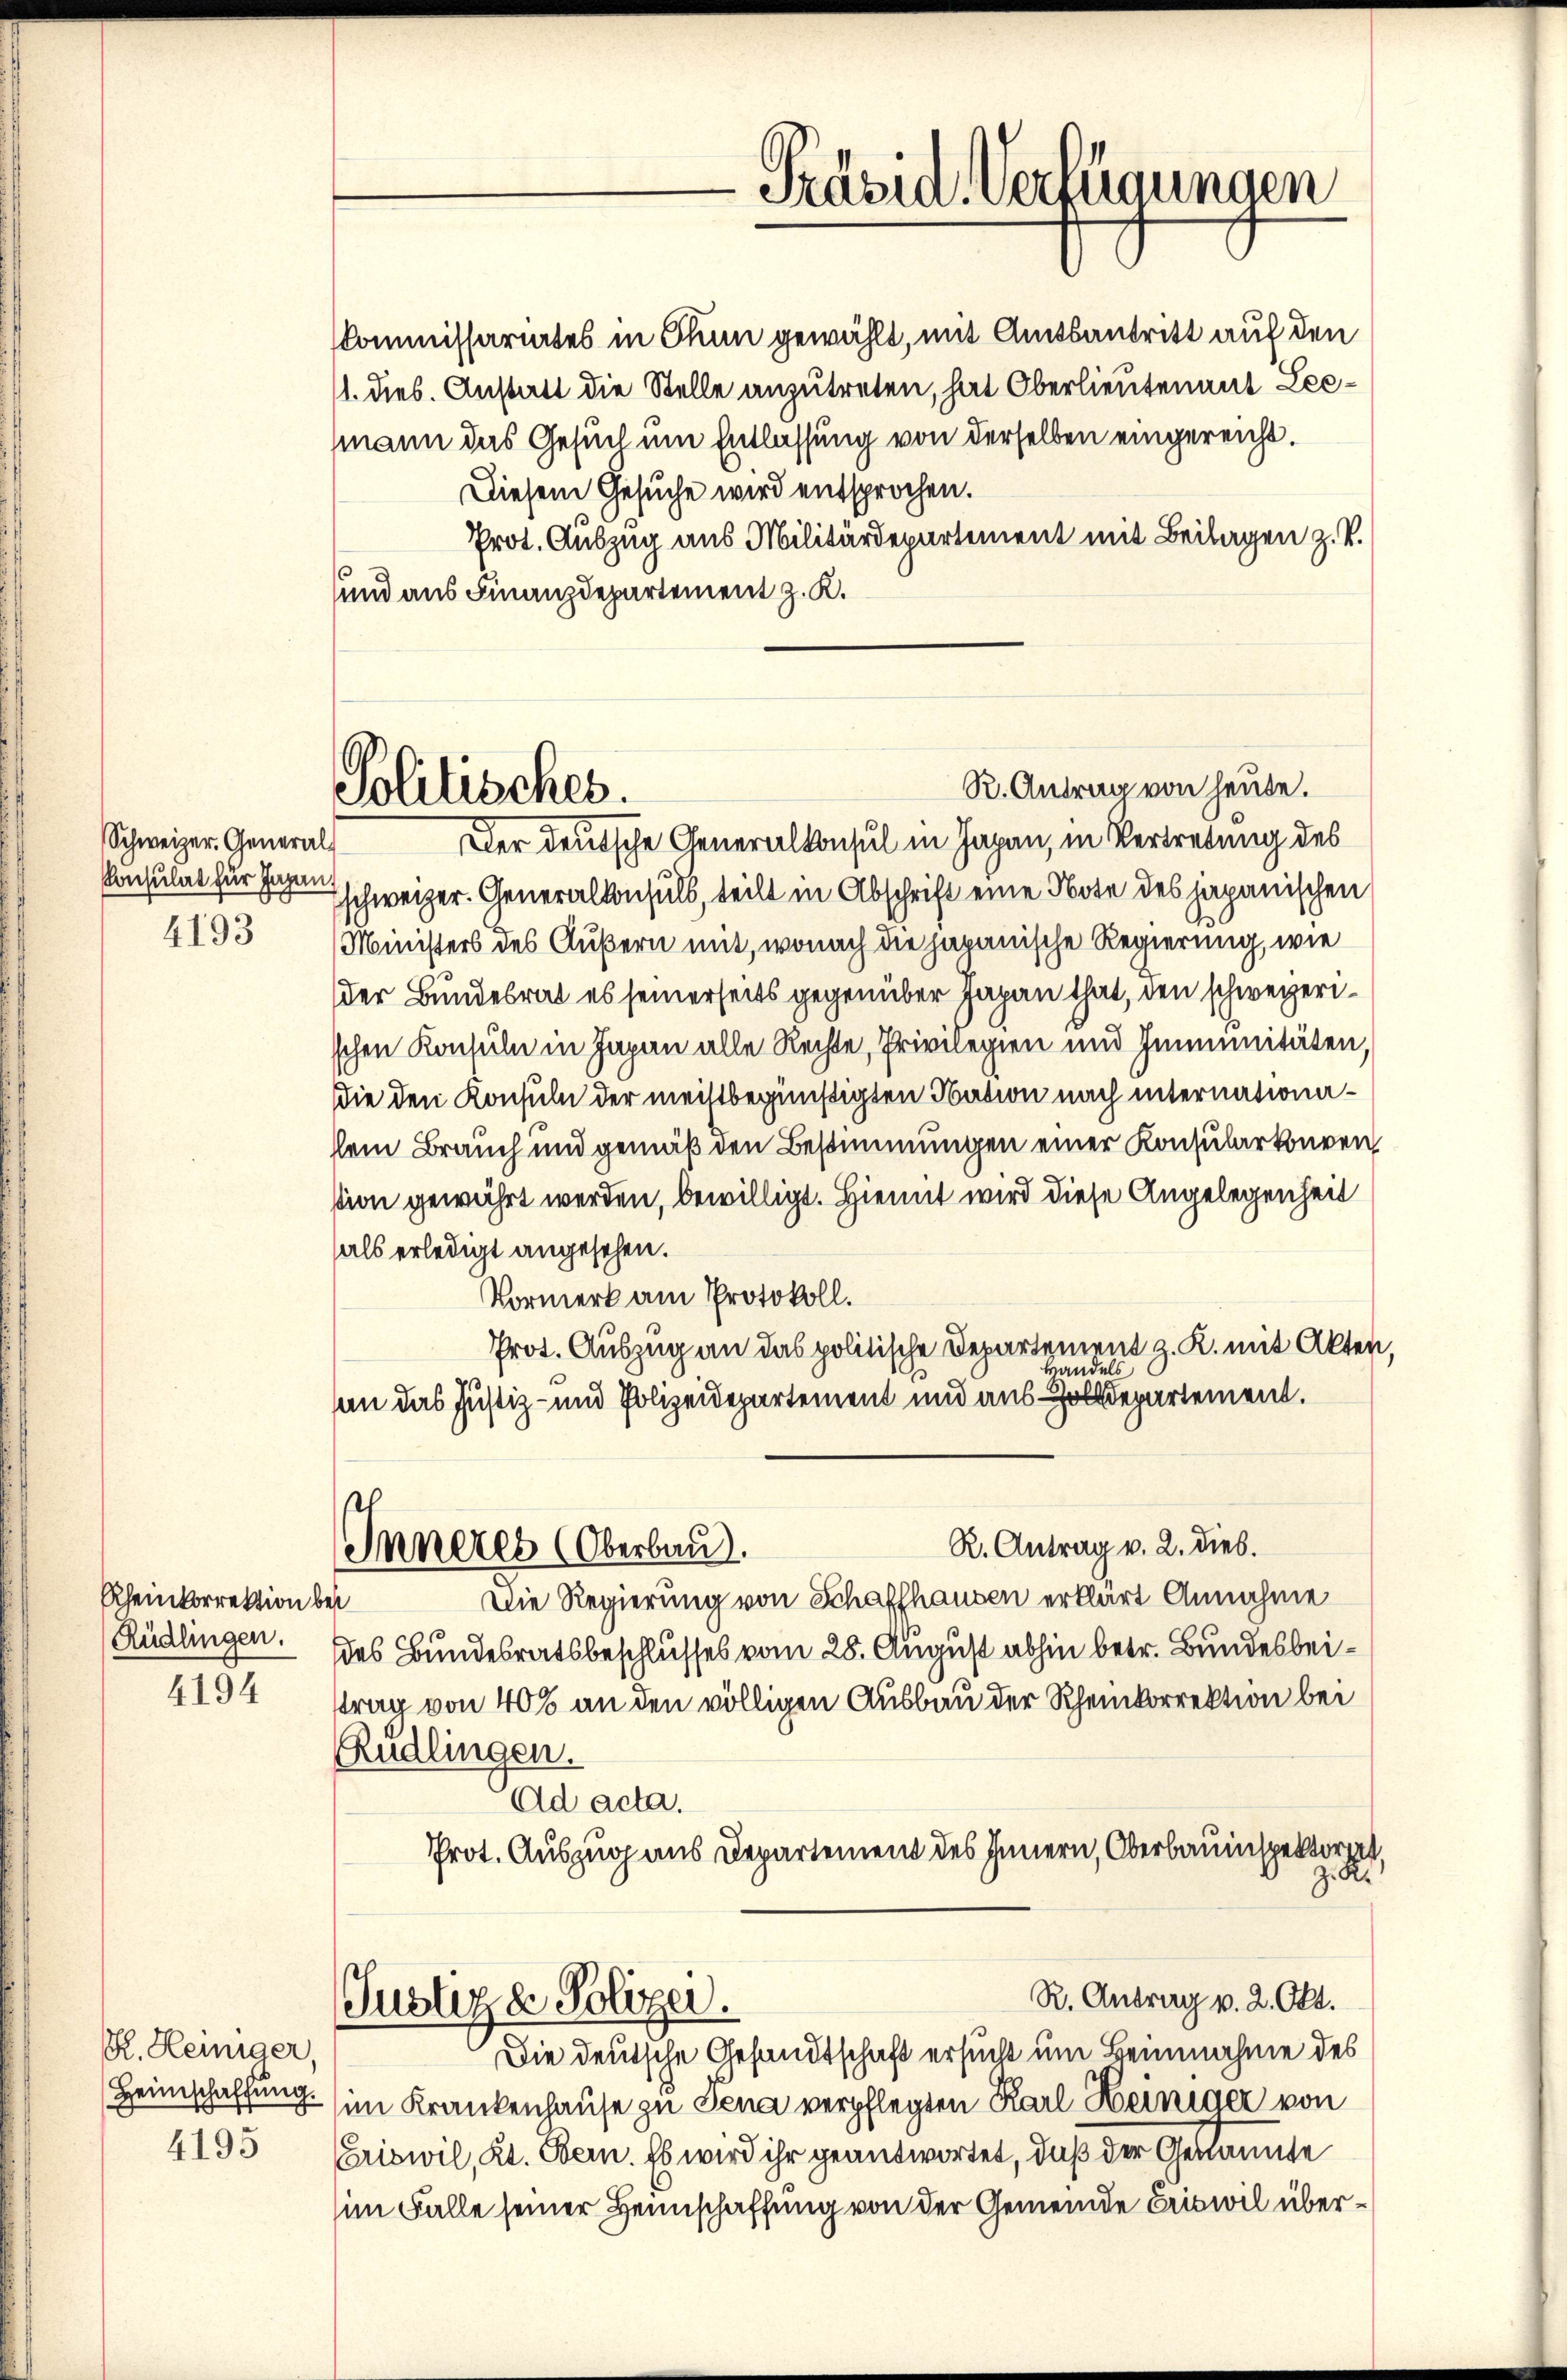
Schweizer. Generals
Konsulat für Japan,
4193

Rheinkorrektion best
Rüdlingen.

4194

R. Heiniger,
4195

Politisches.

Inneres (Oberbau.

Commissariates in Thun gewählt, mit Amtsantritt auf den
11. dies. Anstatt die Stelle anzutreten, hat Oberlieutenant Leemmann das Gesuch um Entlassung von derselben eingereicht.
Diesem Gesuche wird entsprochen.
Prot. Auszug aus Militärdepartement mit Beilagen z. B.
und aus Finanzdepartement z. K.

R. Antrag von heute.
Der deutsche Generalkonsul in Japan, in Vertretung des
schweizer. Generalkonsuls, teilt in Abschrift eine Note des japanischen
Ministers des Äußern mit, wonach die japanische Regierung, wie
der Bundesrat es seinerseits gegenüber Japan that, den schweizerischen Konsuln in Japan alle Rechte, Privilegien und Immunitäten,
sie den Konsuln der meistbegünstigten Nation nach internationalem Brauch und gemäß den Bestimmungen einer Konsularkonven
sion gewährt werden, bewilligt. Hiemit wird diese Angelegenheit
als erledigt angesehen.
Vormerk am Protokoll.
Prot. Auszug an das politische Departement z. K. mit Akten
Handels
an das Justiz- und Polizeidepartement und aus Zolldepartement.
Die Regierung von Schaffhausen erklärt Annahme
1
des Bundesratsbeschlusses vom 28. August abhin betr. Bundesbeitrag von 40% an den völligen Ausbau der Rheinkorrektion bei
Rüdlingen.
Ad acta.
Prot. Auszug aus Departement des Innern, Oberbauinspektorget
z. R.
R. Antrag v. 2. Okt.
Justiz & Polizer.
Die deutsche Gesandtschaft ersucht um Beinnahme des
Heimschaffung (im Krankenhause zu Jena verpflegten Karl Heiniger von
Eriswil, Kt. Bern. Es wird ihr geantwortet, daß der Gekannte
im Falle seiner Heimschaffung von der Gemeinde Eriswil über¬

-Präsid. Verfügungen

R. Antrag v. 2. dies.